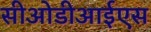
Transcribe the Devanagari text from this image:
सीओडीआईएस